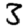
Digit: 3